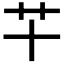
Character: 𰰜